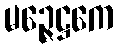
မဉ္ဇေဋ္ဌကေ